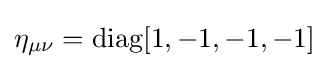
\eta _{\mu \nu }=\operatorname {diag} [1,-1,-1,-1]